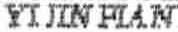
YI JIN FIAN